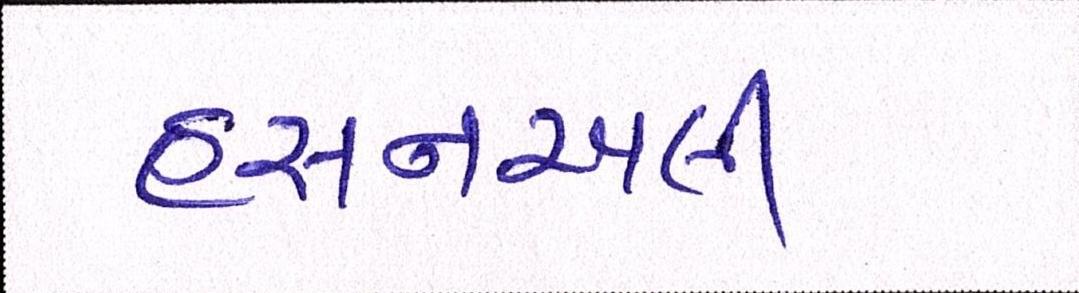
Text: હસનઅલી